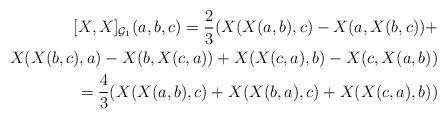
LaTeX: \begin{align*}[X,X]_{\mathcal{G}_1}(a,b,c) = \frac{2}{3} ( X(X(a,b),c) - X(a,X(b,c)) + \\ X(X(b,c),a) - X(b,X(c,a))+ X(X(c,a),b) - X(c,X(a,b) )\\ = \frac{4}{3} (X(X(a,b),c) + X(X(b,a),c)+X(X(c,a),b) )\end{align*}